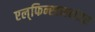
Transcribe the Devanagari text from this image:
एल्‌फिन्स्टननंतर